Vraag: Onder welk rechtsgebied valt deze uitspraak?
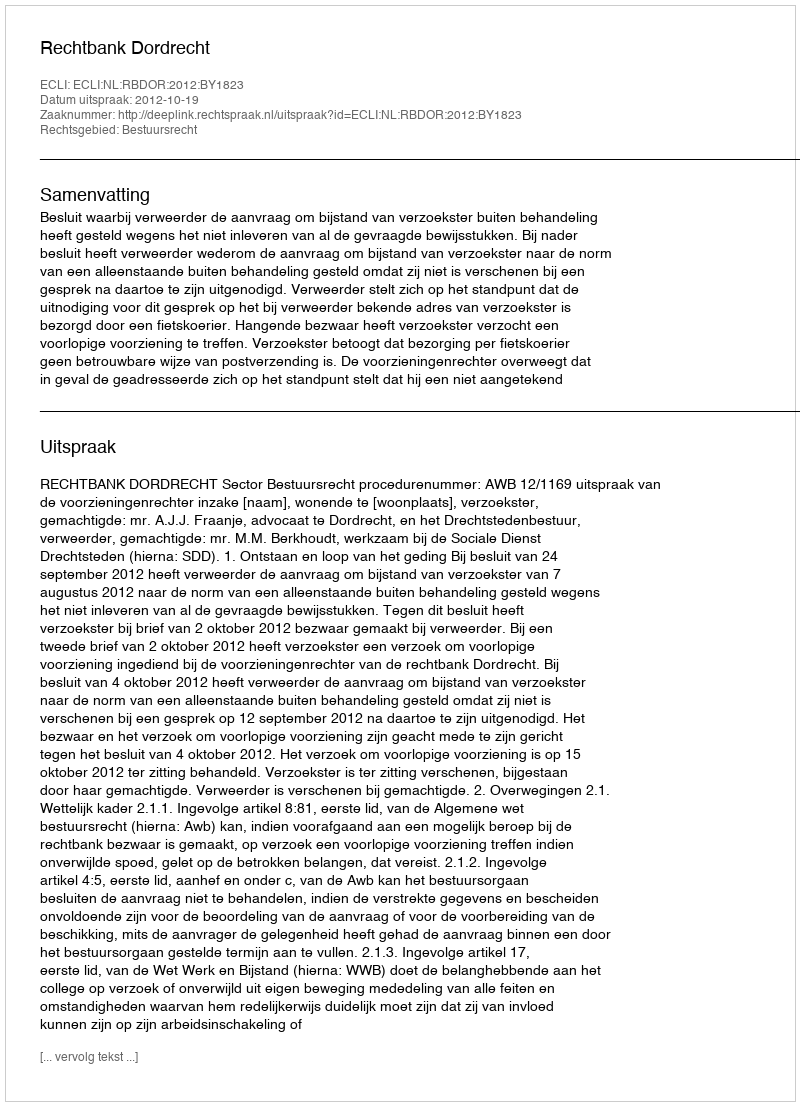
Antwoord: Bestuursrecht